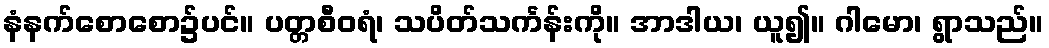
နံနက်စောစော၌ပင်။ ပတ္တစီဝရံ၊ သပိတ်သင်္ကန်းကို။ အာဒါယ၊ ယူ၍။ ဂါမော၊ ရွာသည်။